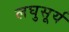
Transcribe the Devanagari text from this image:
लघुसूर्य